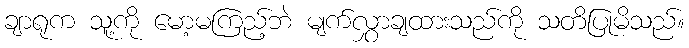
ချာရုက သူ့ကို မော့မကြည့်ဘဲ မျက်လွှာချထားသည်ကို သတိပြုမိသည်။